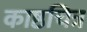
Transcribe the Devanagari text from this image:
काष्ठचित्र